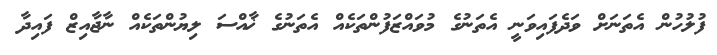
ފުލުހުން އެތަނަށް ވަދެފައިވަނީ އެތަނުގެ މުވައްޒަފުންތަކެއް އެތަނުގެ ޚާއްސަ ލިޔުންތަކެއް ނާޖާއިޒް ފައިދާ